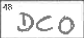
Transcription: DCO